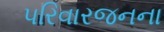
પરિવારજનના